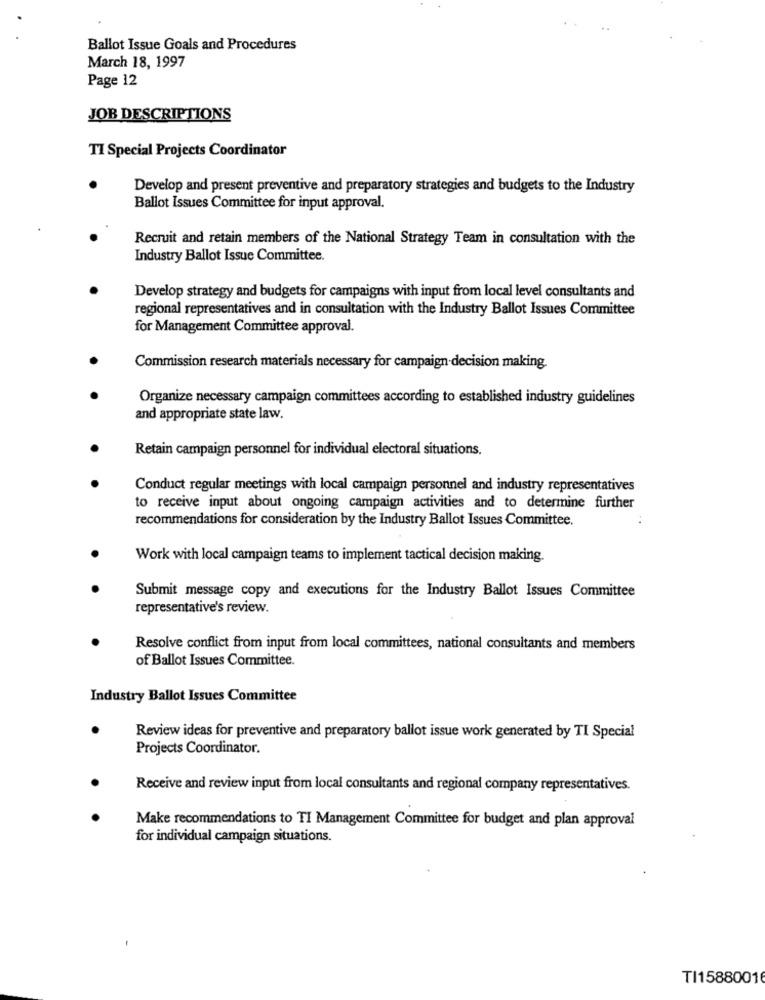
Ballot Issue Goals and Procedures
March 18, 1997
Page 12
JOB DESCRIPTIONS
TI Special Projects Coordinator
Develop and present preventive and preparatory strategies and budgets to the Industry
Ballot Issues Committee for input approval.
Recruit and retain members of the National Strategy Team in consultation with the
Industry Ballot Issue Committee.
Develop strategy and budgets for campaigns with input from local level consultants and
regional representatives and in consultation with the Industry Ballot Issues Committee
for Management Committee approval.
Commission research materials necessary for campaign decision making.
Organize necessary campaign committees according to established industry guidelines
and appropriate state law.
Retain campaign personnel for individual electoral situations.
Conduct regular meetings with local campaign personnel and industry representatives
to receive input about ongoing campaign activities and to determine further
recommendations for consideration by the Industry Ballot Issues Committee.
Work with local campaign teams to implement tactical decision making.
Submit message copy and executions for the Industry Ballot Issues Committee
representative's review.
Resolve conflict from input from local committees, national consultants and members
of Ballot Issues Committee.
Industry Ballot Issues Committee
Review ideas for preventive and preparatory ballot issue work generated by TI Special
Projects Coordinator.
Receive and review input from local consultants and regional company representatives.
Make recommendations to TI Management Committee for budget and plan approval
for individual campaign situations.
TI15880016